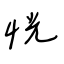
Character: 恍